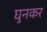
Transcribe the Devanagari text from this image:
घुनकर